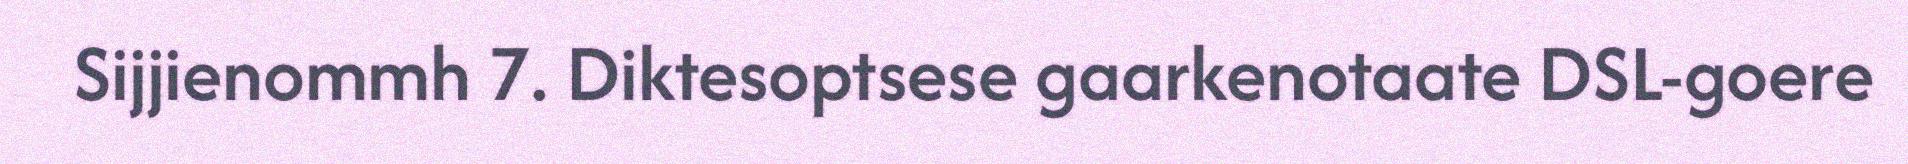
Sijjienommh 7. Diktesoptsese gaarkenotaate DSL-goere